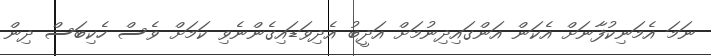
ނަމަ އެމަނިކުފާނަށް އެކަން އަންގައިދިނުމަށް އަދީބު އެދިވަޑައިގެންނެވި ކަމަށް ވެސް ހެކިބަސް ދިން